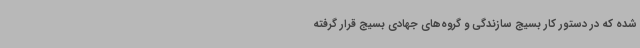
شده که در دستور کار بسیج سازندگی و گروه‌های جهادی بسیج قرار گرفته